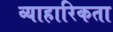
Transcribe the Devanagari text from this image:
व्याहारिकता